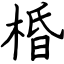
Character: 棔